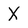
Character: X